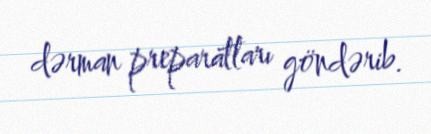
dərman preparatları göndərib.